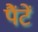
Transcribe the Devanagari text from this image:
पैंटें